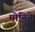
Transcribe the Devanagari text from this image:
मोनिने